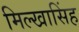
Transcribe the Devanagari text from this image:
मिल्खासिंह